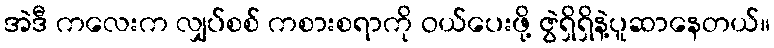
အဲဒီ ကလေးက လျှပ်စစ် ကစားစရာကို ဝယ်ပေးဖို့ ဇွဲရှိရှိနဲ့ပူဆာနေတယ်။